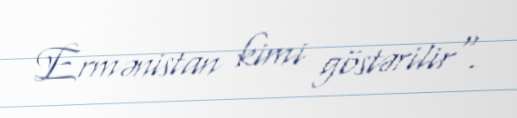
Ermənistan kimi göstərilir".